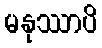
မနုဿာပိ